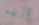
أريه